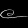
Digit: ၉